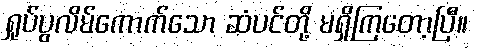
ရှုပ်ပွလိမ်ကောက်သော ဆံပင်တို့ မရှိကြတော့ပြီ။